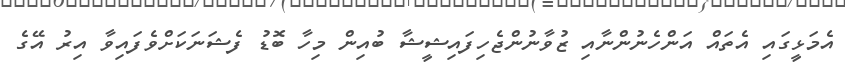
އެމަޅީގައި އެތައް އަންހެނުންނާއި ޒުވާނުންޖެހިފައިޝީޝާ ބުއިން މިހާ ބޮޑު ފެޝަނަކަށްވެފައިވާ އިރު އޭގެ